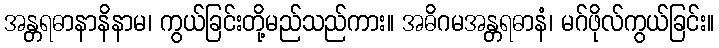
အန္တရဓာနာနိနာမ၊ ကွယ်ခြင်းတို့မည်သည်ကား။ အဓိဂမအန္တရဓာနံ၊ မဂ်ဖိုလ်ကွယ်ခြင်း။